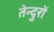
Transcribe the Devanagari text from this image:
तेन्दुरों